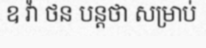
ឧ វ៉ា ថន បន្តថា សម្រាប់